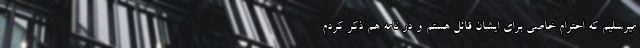
میرسلیم که احترام خاصی برای ایشان قائل هستم و در نامه هم ذکر کردم